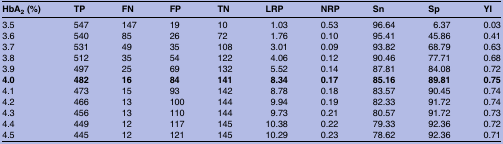
| HbA2 (%) | TP | FN | FP | TN | LRP | NRP | Sn | Sp | YI |
 | --- | --- | --- | --- | --- | --- | --- | --- | --- | --- |
 | 3.5 | 547 | 147 | 19 | 10 | 1.03 | 0.53 | 96.64 | 6.37 | 0.03 |
 | 3.6 | 540 | 85 | 26 | 72 | 1.76 | 0.10 | 95.41 | 45.86 | 0.41 |
 | 3.7 | 531 | 49 | 35 | 108 | 3.01 | 0.09 | 93.82 | 68.79 | 0.63 |
 | 3.8 | 512 | 35 | 54 | 122 | 4.06 | 0.12 | 90.46 | 77.71 | 0.68 |
 | 3.9 | 497 | 25 | 69 | 132 | 5.52 | 0.14 | 87.81 | 84.08 | 0.72 |
 | 4.0 | 482 | 16 | 84 | 141 | 8.34 | 0.17 | 85.16 | 89.81 | 0.75 |
 | 4.1 | 473 | 15 | 93 | 142 | 8.78 | 0.18 | 83.57 | 90.45 | 0.74 |
 | 4.2 | 466 | 13 | 100 | 144 | 9.94 | 0.19 | 82.33 | 91.72 | 0.74 |
 | 4.3 | 456 | 13 | 110 | 144 | 9.73 | 0.21 | 80.57 | 91.72 | 0.73 |
 | 4.4 | 449 | 12 | 117 | 145 | 10.38 | 0.22 | 79.33 | 92.36 | 0.72 |
 | 4.5 | 445 | 12 | 121 | 145 | 10.29 | 0.23 | 78.62 | 92.36 | 0.71 |